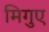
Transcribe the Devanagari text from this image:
मिगुए